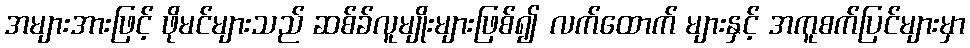
အများအားဖြင့် ဖိုမင်များသည် ဆစ်ခ်လူမျိုးများဖြစ်၍ လက်ထောက် များနှင့် အကူစက်ပြင်များမှာ